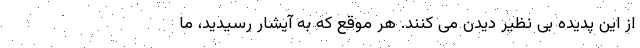
از این پدیده بی نظیر دیدن می کنند. هر موقع که به آیشار رسیدید، ما